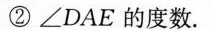
②∠DAE的度数。